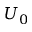
U _ { 0 }